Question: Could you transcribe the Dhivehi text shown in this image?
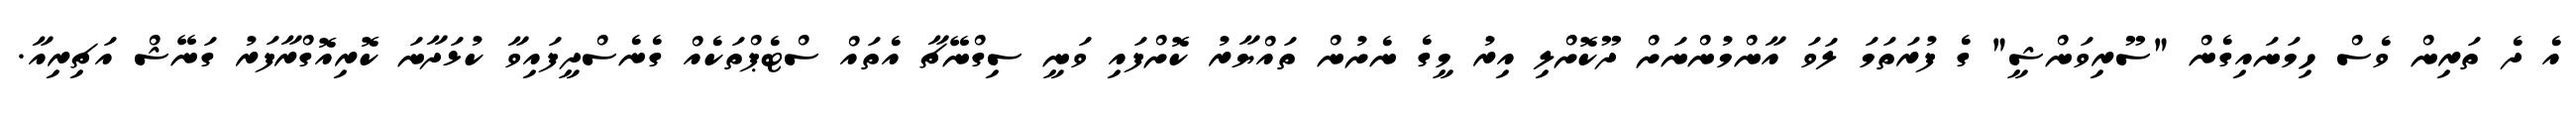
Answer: އެ ދެ ތަރިން ވެސް ހިމަނައިގެން "ސޫރިވަންޝީ" ގެ ފުރަތަމަ ލަވަ އާންމުންނަށް ދޫކޮށްލި އިރު މީގެ ނެށުން ތައްޔާރު ކޮށްފައި ވަނީ ސިގްނޭޗާ އެތައް ސްޓެޕްތަކެއް ގެނެސްދީފައިވާ ކުޅަދާނަ ކޮރިއޮގްރާފަރު ގަނޭޝް އަޗިރިއާ.